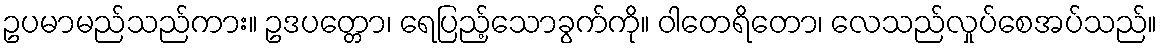
ဥပမာမည်သည်ကား။ ဥဒပတ္တော၊ ရေပြည့်သောခွက်ကို။ ဝါတေရိတော၊ လေသည်လှုပ်စေအပ်သည်။